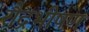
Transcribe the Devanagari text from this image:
रौद्रभीषण